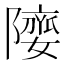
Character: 𨼻